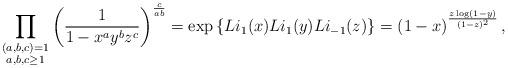
LaTeX: \begin{align*} \prod_{\substack{ (a,b,c)=1 \\ a,b,c \geq 1}} \left( \frac{1}{1-x^a y^b z^c} \right)^{\frac{c}{a b}} = \exp\left\{Li_1(x) Li_1(y) Li_{-1}(z)\right\} = \left( 1-x \right)^{\frac{z \log(1-y)}{(1-z)^2}}, \end{align*}